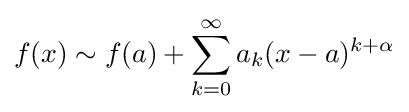
f(x)\sim f(a)+\sum _{k=0}^{\infty }a_{k}(x-a)^{k+\alpha }